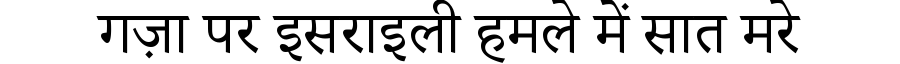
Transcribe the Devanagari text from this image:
गज़ा पर इसराइली हमले में सात मरे